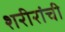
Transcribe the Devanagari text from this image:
शरीरांची